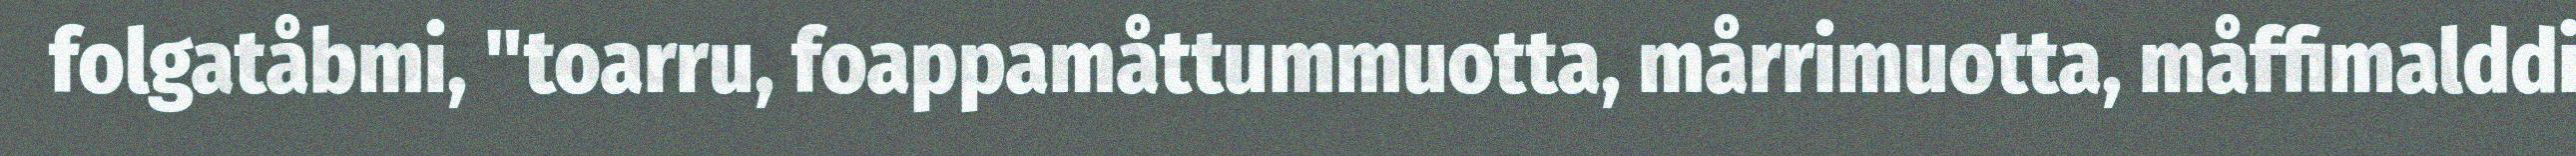
folgatåbmi, "toarru, foappamåttummuotta, mårrimuotta, måffimalddi